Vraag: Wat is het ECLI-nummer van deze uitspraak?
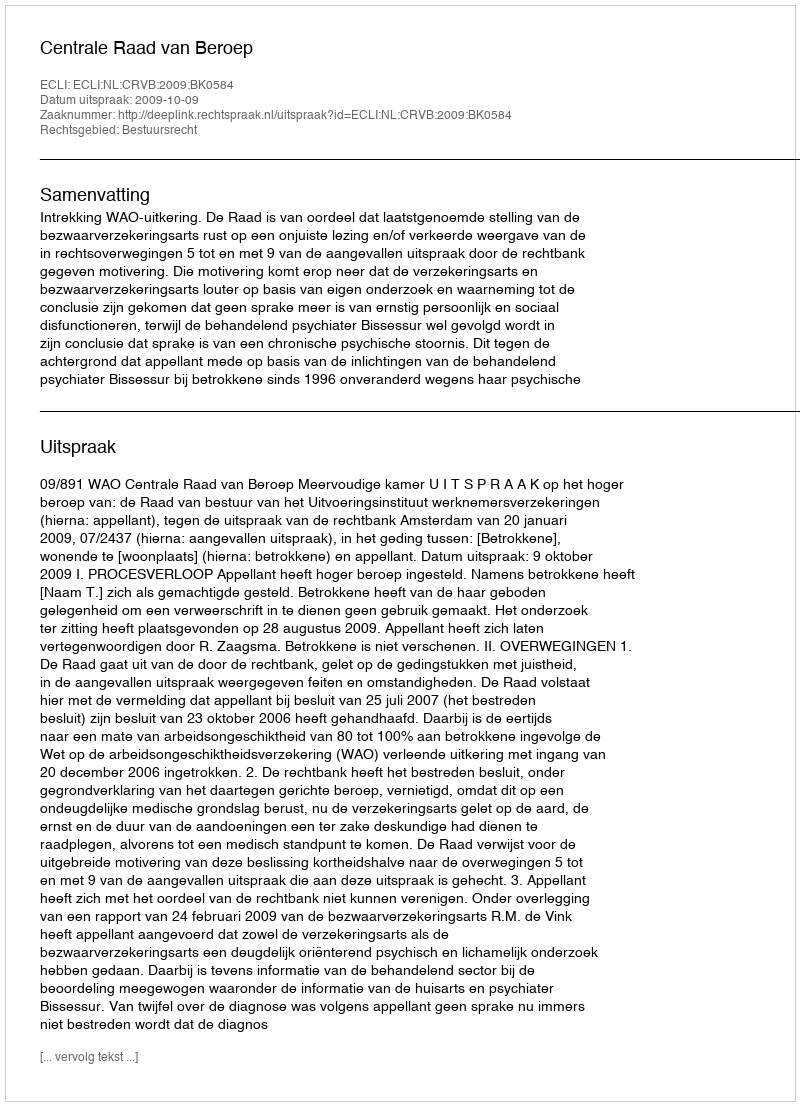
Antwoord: ECLI:NL:CRVB:2009:BK0584